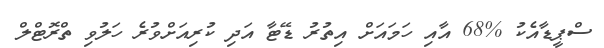
ސްޕީޑާއެކު %68 އާއި ހަމައަށް އިތުރު ޑޭޓާ އަދި ކުރިއަށްވުރެ ހަލުވި ތްރޮޓްލް